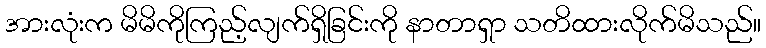
အားလုံးက မိမိကိုကြည့်လျက်ရှိခြင်းကို နာတာရှာ သတိထားလိုက်မိသည်။